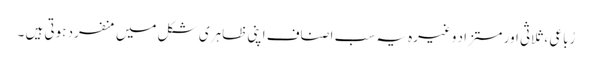
رُباعی ، ثلاثی اور مستزاد وغیرہ یہ سب اصناف اپنی ظاہری شکل میں منفرد ہوتی ہیں ۔